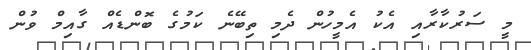
މީ ސަރުކާރާއި އެކު އެމީހުން ދެމި ތިބޭނެ ކަމުގެ ބޮންޑެއް ގާއިމް ވުން